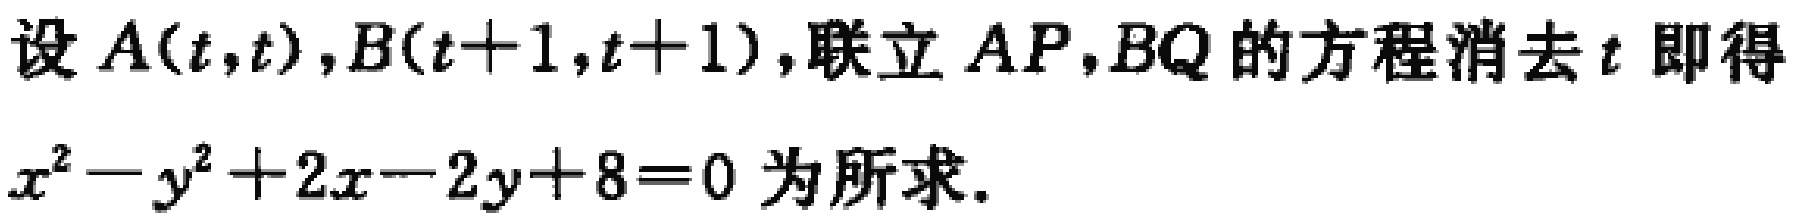
设 \(A(t,t),B(t + 1,t + 1)\)，联立 \(AP,BQ\) 的方程消去 \(t\) 即得
\(x^{2}-y^{2}+2x - 2y + 8 = 0\) 为所求.